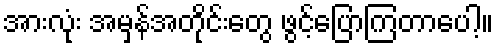
အားလုံး အမှန်အတိုင်းတွေ ဖွင့်ပြောကြတာပေါ့။